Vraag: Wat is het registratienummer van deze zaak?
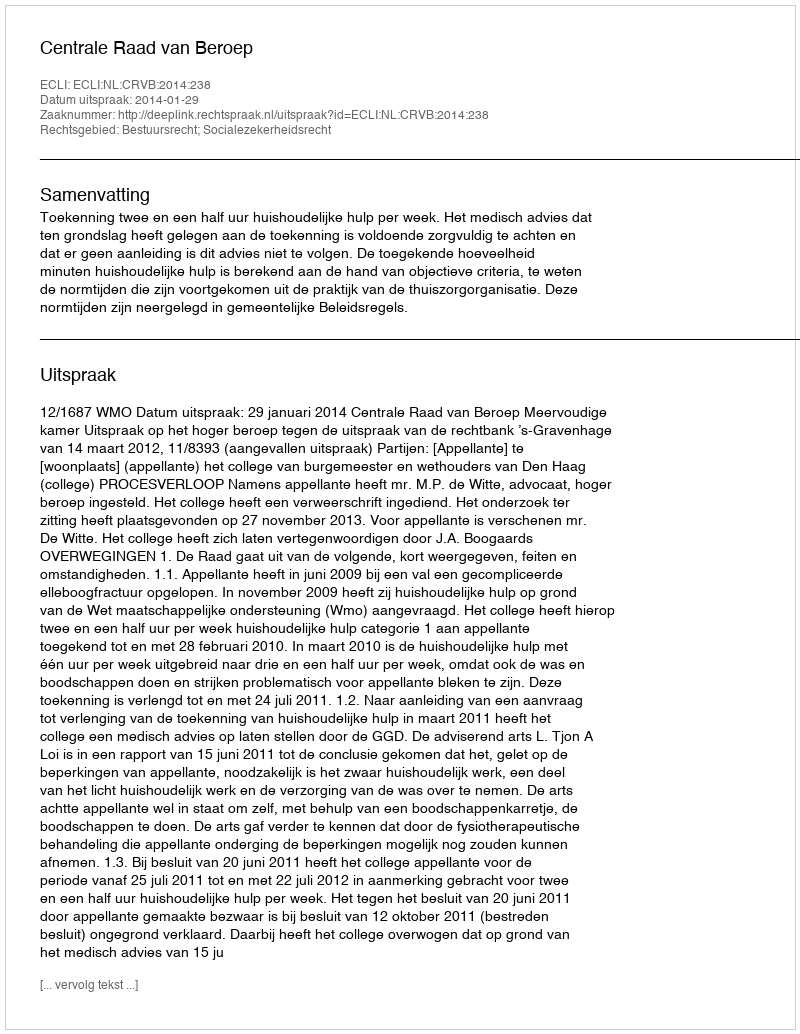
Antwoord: http://deeplink.rechtspraak.nl/uitspraak?id=ECLI:NL:CRVB:2014:238